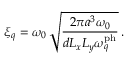
\xi _ { q } = \omega _ { 0 } \, \sqrt { \frac { 2 \pi a ^ { 3 } \omega _ { 0 } } { d L _ { x } L _ { y } \omega _ { q } ^ { \mathrm { p h } } } } \, .